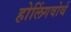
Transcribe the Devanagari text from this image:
होलिंगवोर्थ